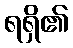
ရရှိ၏